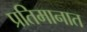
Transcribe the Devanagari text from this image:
प्रतिमानात